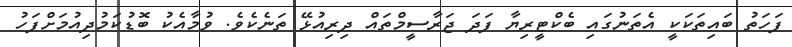
ފަހަތު ބައިތަކަކީ އެތަނުގައި ބެކްޓީރިޔާ ފަދަ ޖަރާސީމްތައް ދިރިއުޅޭ ތަނެކެވެ. ވުމާއެކު ބޮޑުކަމުދިއުމަށްފަހު